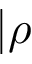
| \rho \rrangle